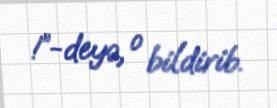
!”-deyə, o bildirib.